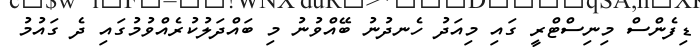
ޑިފެންސް މިނިސްޓްރީ ގައި މިއަދު ހެނދުނު ބޭއްވުނު މި ބައްދަލުކުރެއްވުމުގައި ދެ ގައުމު